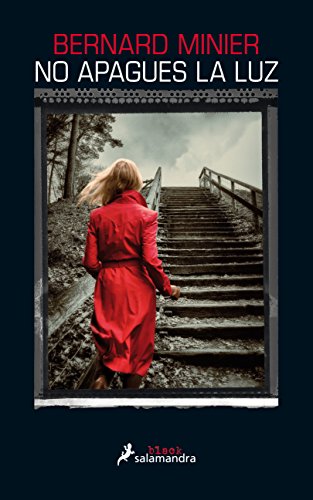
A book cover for No apagues la luz (Spanish Edition); Bernard Minier; Literature & Fiction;